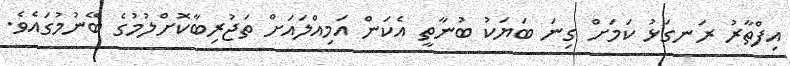
އިފްތާރު ރަނގަޅު ކަމަށް ގިނަ ބަޔަކު ބުނާތީ އެކަން އަމިއްލައަށް ތަޖުރިބާކޮށްލުމުގެ ބޭނުމުގައެވެ.